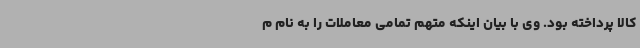
کالا پرداخته بود. وی با بیان اینکه متهم تمامی معاملات را به نام م